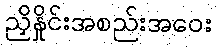
ညှိနှိုင်းအစည်းအဝေး